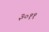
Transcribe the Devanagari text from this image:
३०११